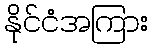
နိုင်ငံအကြား